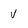
Character: v